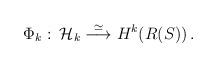
LaTeX: \begin{align*}\Phi_k\,\colon\,{\cal H\/}_k\stackrel{\simeq}{\longrightarrow}H^k(R(S))\,.\end{align*}